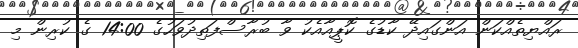
ރައްޔިތެއްކަން އަންގައިދޭ ކާޑުގެ ކޮޕީއާއެކު ވާ ބުރާސްފަތިދުވަހުގެ 14:00 ގެ ކުރިން މި